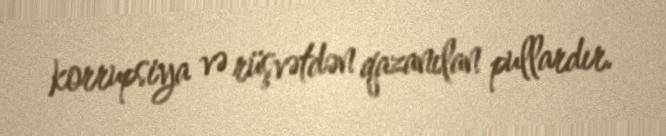
korrupsiya və rüşvətdən qazanılan pullardır.